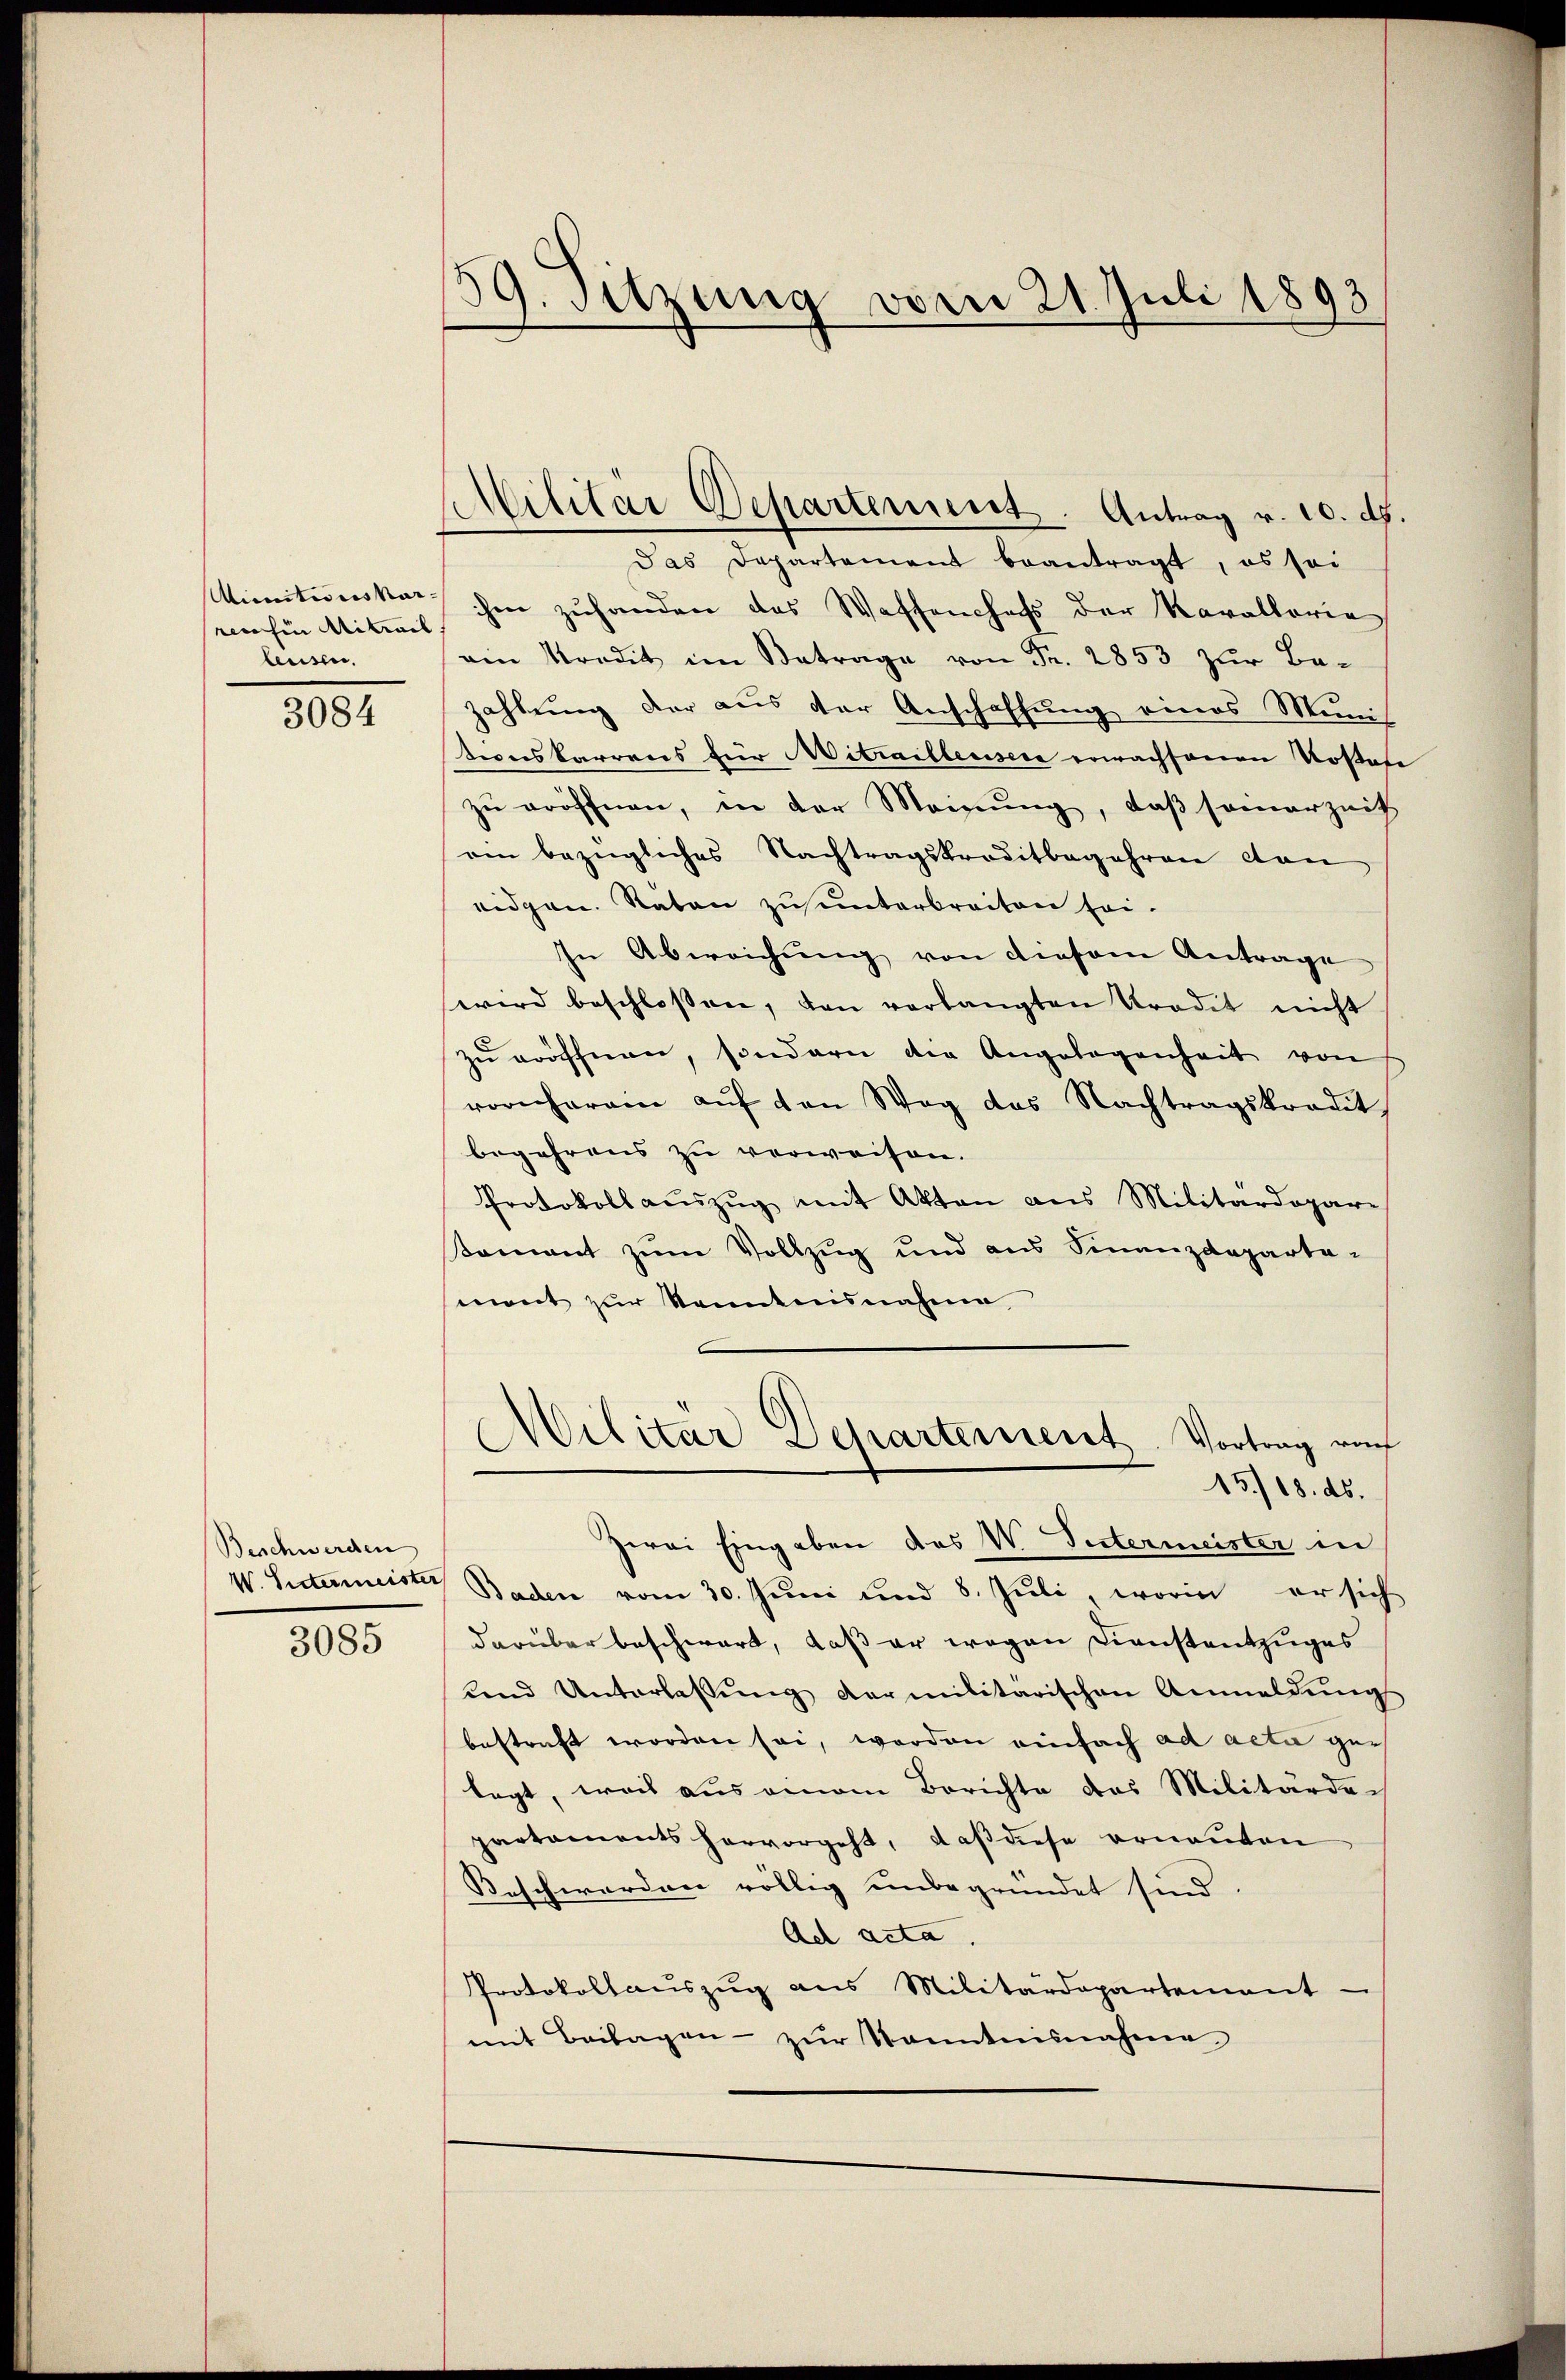
Minitionskar- |
rechen Mitrail.
leusen.

3084

Beschwerden
V. Litermeister

3085

39. Sitzung vom 21. Juli 1893

Militär Departement. Antrag v. 10. d.

Das Departement beantragt, es sei
ihm zuhanden das Waffenchefs der Kavallaria
ein Kredit im Betrage von Fr. 2853 zur Be-
zahlung der aus der Anschaffung eines Minis
tionskarrens für Mitrailleusen erwachsenen Kostete
zu eröffnen, in der Meinung, daß somerzeit
am bezügliches Nachtragskreditbegehren con
eidgen. Raten zu unterbreiten sei¬
In Abweichung von diesem Antrage
wird beschlossen, von verlangten Tradit nicht
zu eröffnen, sondern der Angelegenheit von
vornherein aŭf von Weg das Nachtragskradit
begehrens zŭ verweisen.
Protokoll aŭszŭg mit Akten aus Militärdepare
samant zŭm Vollzug und aus Finanzdeparta-
mont zur Kenntnisnahme
Militär Departerient. Vortrag auch
15/18. ds.
zwei Eingaben das W. Sutermeister in
Baden vom 30. Juni und 8. Juli, worin er sich
darüber beschwart, daß er wegen Dienstentzuges
und Unterlassŭng darmilitarischen Anmeldŭngs
bestraft worden sei, worden einfach ad acta gelegt, weil aus einem Berichte des Militärdepartaments hervorgeht, daß diese ernanten
Beschwerden völlig unbegründet sind
Ad acta
Protokollauszug aus Militärdepartement
mit Beilagen - zur Kenntnisnahme